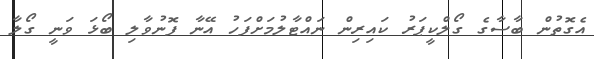
އެގޮތުން ބާސާގެ ގޯލްކީޕަރު ކައިރިން ނައްޓާލުމަށްފަހު އޭނާ ފޮނުވާލި ބޯޅަ ވަނީ ގޯލާ